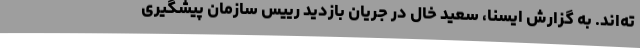
ته‌اند. به گزارش ایسنا، سعید خال در جریان بازدید رییس سازمان پیشگیری